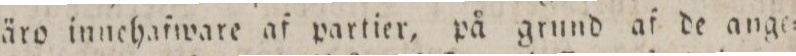
äro innchafware af partier, på grund af de ange=